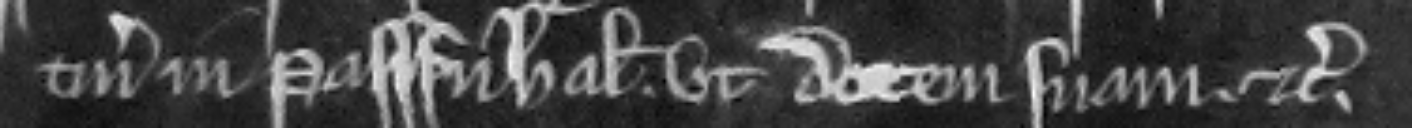
tinenciis in Passenhal ut dotem suam etc.